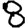
Digit: 8